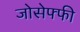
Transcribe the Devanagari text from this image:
जोसेफ्फी